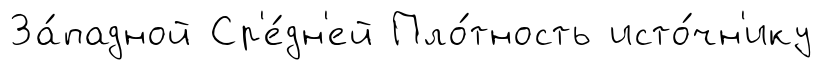
За́падной Ср'е́дн'ей Пло́тность исто́чн'ику